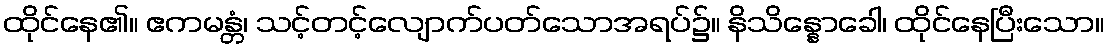
ထိုင်နေ၏။ ဧကမန္တံ၊ သင့်တင့်လျောက်ပတ်သောအရပ်၌။ နိသိန္နောခေါ၊ ထိုင်နေပြီးသော။